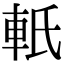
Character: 軝